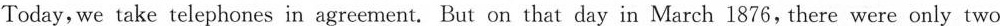
Today, we take telephones in agreement. But on that day in March 1876, there were only two